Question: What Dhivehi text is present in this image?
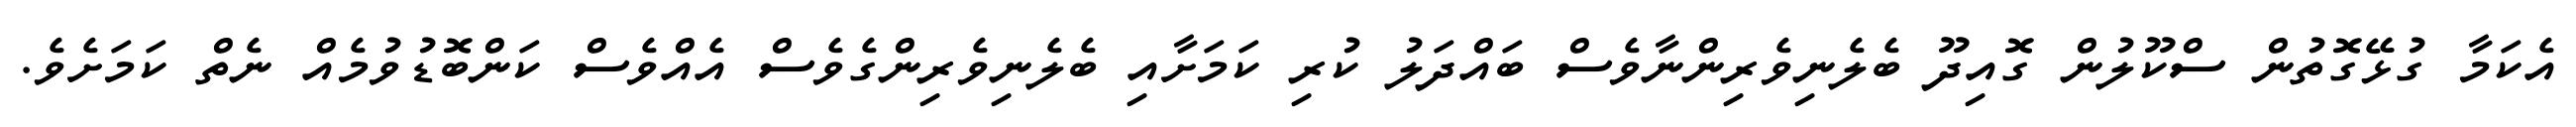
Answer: އެކަމާ ގުޅޭގޮތުން ސްކޫލުން ގޮއިދޫ ބެލެނިވެރިންނާވެސް ބައްދަލު ކުރި ކަމަށާއި ބެލެނިވެރިންގެވެސް އެއްވެސް ކަންބޮޑުވުމެއް ނެތް ކަމަށެވެ.